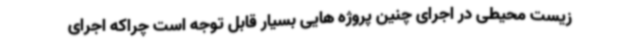
زیست محیطی در اجرای چنین پروژه هایی بسیار قابل توجه است چراکه اجرای